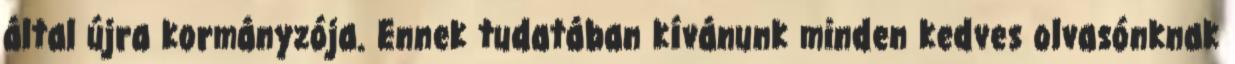
által újra kormányzója. Ennek tudatában kívánunk minden kedves olvasónknak